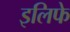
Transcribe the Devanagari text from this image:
इलिफे